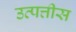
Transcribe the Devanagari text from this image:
उत्पत्तीस